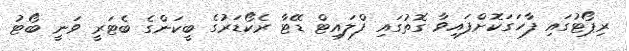
ރިޕޯޓުގައި ފާހަގަކޮށްފައިވާ ގޮތުގައި ފްލައިޓް ޑޭޓާ ރެކޯޑަރުގެ ބީކަންގެ ބެޓަރީ ވަނީ ބޯޓު